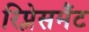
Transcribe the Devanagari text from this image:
रिप्लेसमैंट